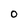
Character: O